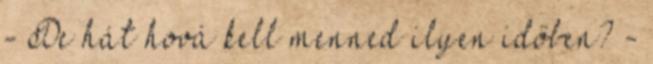
- De hát hová kell menned ilyen időben? -